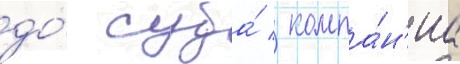
до́ суда́ / компа́н'иа